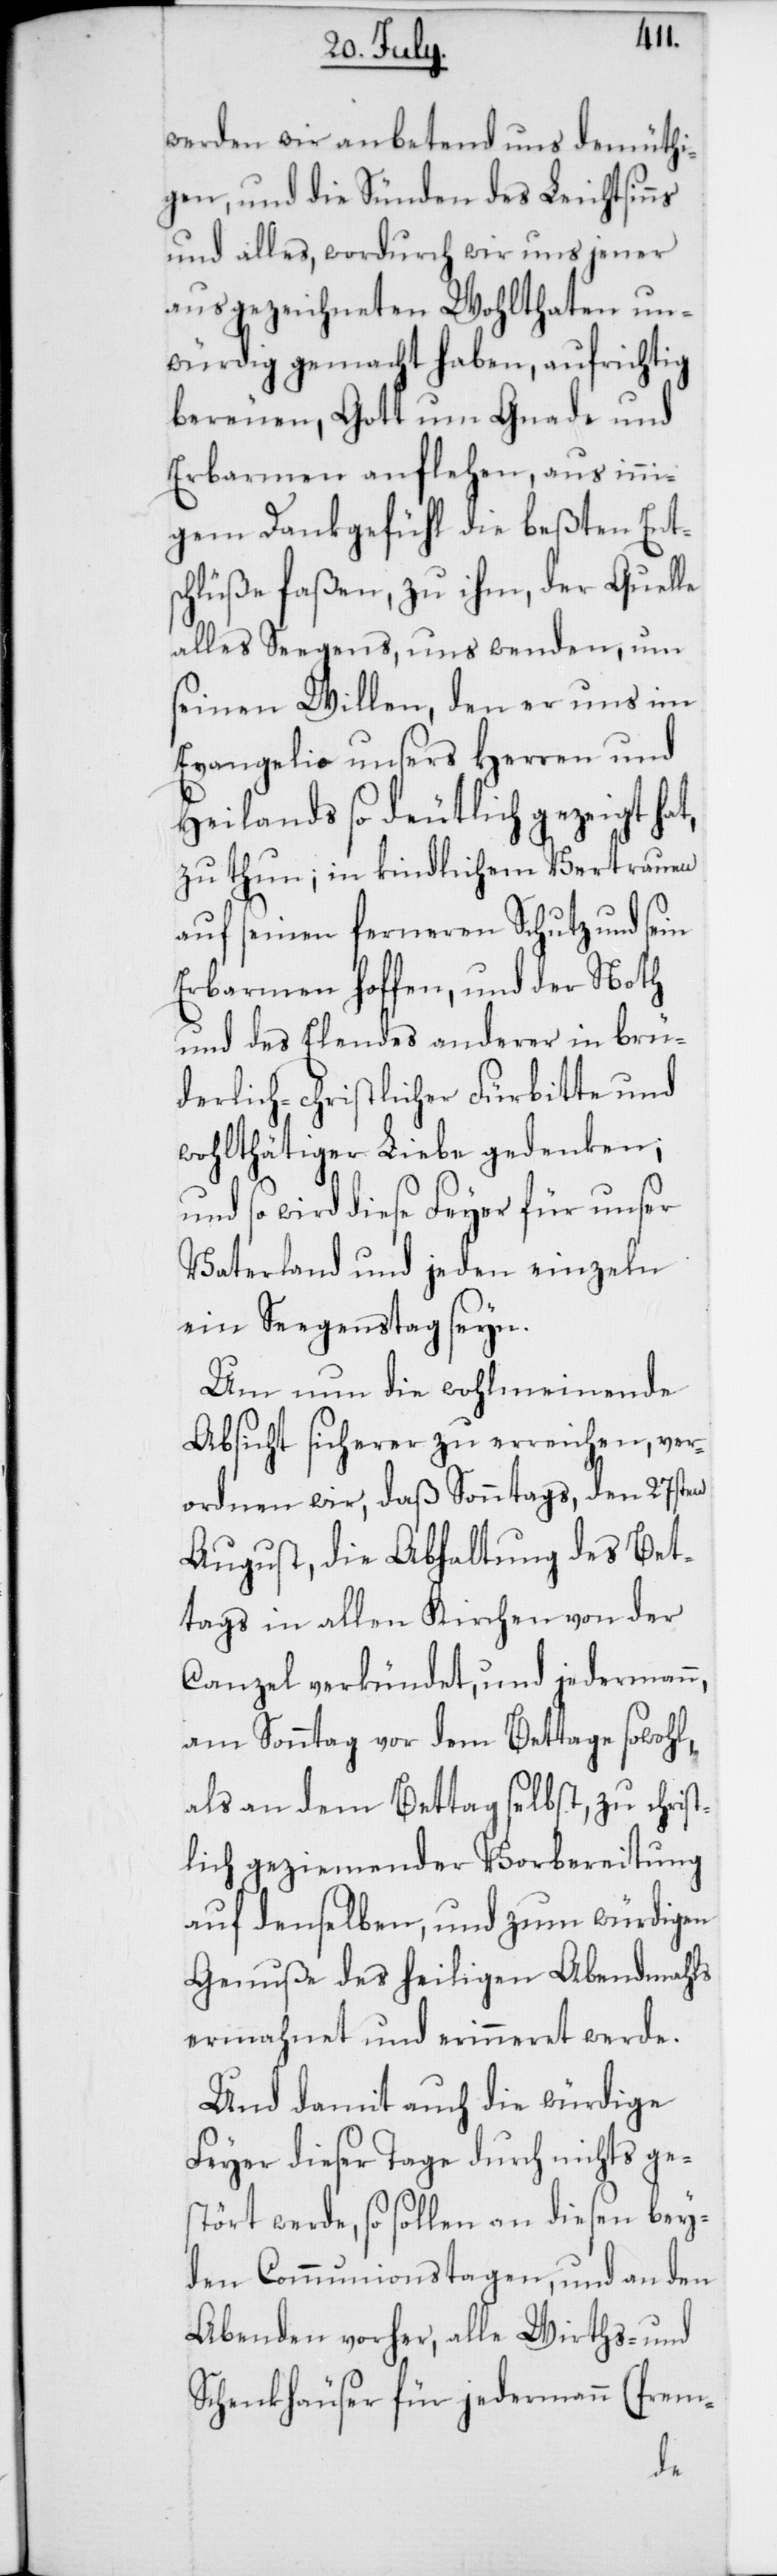
werden wir anbetend uns demüthi¬
gen, und die Sünden des Leichtsinns
und alles, wordurch wir uns jener
ausgezeichneten Wohlthaten un¬
würdig gemacht haben, aufrichtig
bereuen, Gott um Gnade und
Erbarmen anflehen, aus inni¬
gem Dankgefühl die besten Ents¬
chlüße faßen, zu ihm, der Quelle
alles Seegens uns wenden, um
seinen Willen, den er uns im
Evangelio unsers Herren und
Heilands so deutlich gezeigt hat,
zu thun; in kindlichem Vertrauen
auf seinen ferneren Schutz und sein
Erbarmen hoffen, und der Noth
und des Elends anderer in brü¬
derlich-christlicher Fürbitte und
wohltätiger Liebe gedenken;
und so wird diese Feyer für unser
Vaterland und jeden einzeln
ein Seegenstag seyn.
Um nun die wohlmeinende
Absicht sicherer zu erreichen, ver¬
ordnen wir, daß Sonntags, den 27sten
August, die Abhaltung des Bet¬
tags in allen Kirchen von der
Canzel verkündet, und jedermann,
am Sonntag vor dem Bettage sowohl,
als an dem Bettag selbst, zu christ¬
lich geziemender Vorbereitung
auf denselben, und zum würdigen
Genuße des heiligen Abendmahls
ermahnet und erinneret werde.
Und damit auch die würdige
Feyer dieser Tage durch nichts ge¬
stört werde, so sollen an diesen bey¬
den Communionstagen, und an den
Abenden vorher, alle Wirths- und
Schenkhäuser für jedermann (frem-